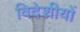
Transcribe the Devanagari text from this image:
विदेशीयों